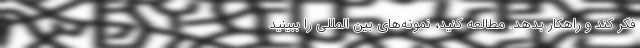
فکر کند و راهکار بدهد. مطالعه کنید، نمونه‌های بین المللی را ببینید